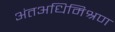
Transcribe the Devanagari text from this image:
अंतअधिमिश्रण